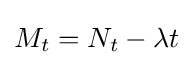
M_{t}=N_{t}-\lambda t